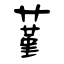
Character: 蓳